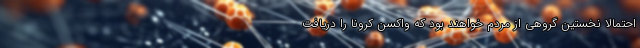
احتمالاً نخستین گروهی از مردم خواهند بود که واکسن کرونا را دریافت